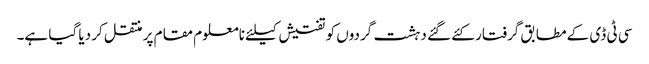
سی ٹی ڈی کے مطابق گرفتار کئے گئے دہشت گردوں کو تفتیش کیلئے نامعلوم مقام پر منتقل کر دیا گیا ہے۔